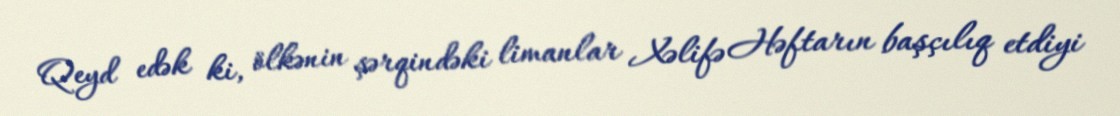
Qeyd edək ki, ölkənin şərqindəki limanlar Xəlifə Həftarın başçılıq etdiyi